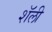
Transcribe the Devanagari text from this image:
शॅली